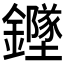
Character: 𲇫